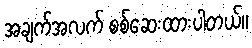
အချက်အလက် စစ်ဆေးထားပါတယ်။